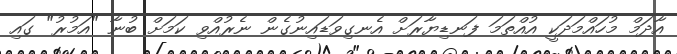
އާދަމް މުހައްމަދަކީ އުއްތަމަ ފަނޑިޔާރަށް އެނގިވަޑައިނުގެން ނެރުއްވި ކަމަށް ބުނާ "އަމުރު" ގައި